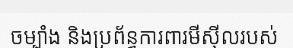
ចម្បាំង និងប្រព័ន្ធការពារមីស៊ីលរបស់